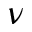
\nu